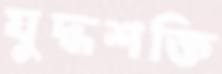
যুদ্ধশক্তি